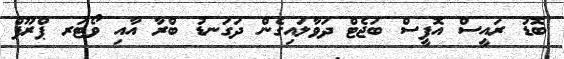
ބޮޑު ރައީސް އޮފީސް ބަޖެޓް ދަވާލައިގެން ދަގަނޑު ބްރާ އާއި ވޯޓަރ ޕްރޫފް